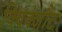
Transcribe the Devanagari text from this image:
क्विक्ज़ौट